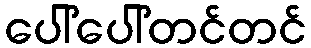
ပေါ်ပေါ်တင်တင်